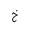
Letter: _kha